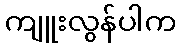
ကျူးလွန်ပါက